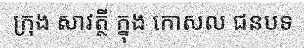
ក្រុង សាវត្ថី ក្នុង កោសល ជនបទ